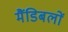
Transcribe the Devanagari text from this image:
मैंडिबलों